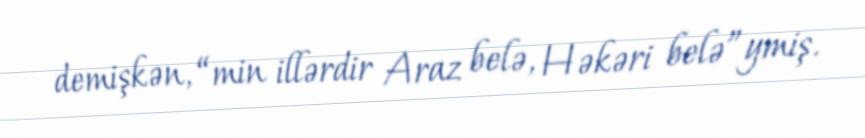
demişkən, “min illərdir Araz belə, Həkəri belə”ymiş.